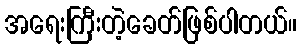
အရေးကြီးတဲ့ခေတ်ဖြစ်ပါတယ်။